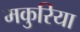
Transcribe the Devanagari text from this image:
मकुरिया